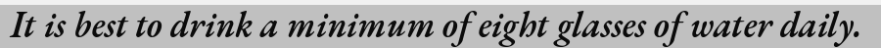
It is best to drink a minimum of eight glasses of water daily.